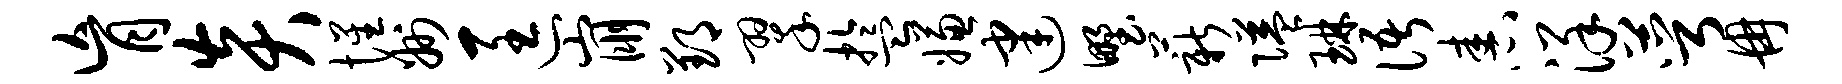
肓炎惺州匡崩郢翠盂嫌建野薪隘琳语舂详萼冉